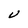
Character: V